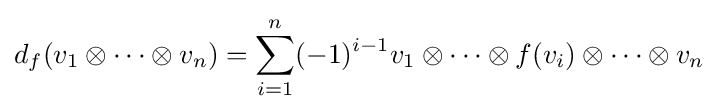
d_{f}(v_{1}\otimes \cdots \otimes v_{n})=\sum _{i=1}^{n}(-1)^{i-1}v_{1}\otimes \cdots \otimes f(v_{i})\otimes \cdots \otimes v_{n}